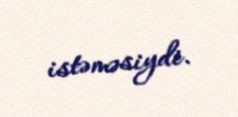
istəməsiydi.